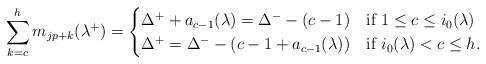
LaTeX: \begin{align*}\sum_{k=c}^{h}m_{jp+k}(\lambda^+)=\begin{cases}\Delta^{+}+a_{c-1}(\lambda)=\Delta^{-}-(c-1) & \textrm{if $1\leq c\leq i_0(\lambda)$} \\\Delta^{+}=\Delta^{-}-(c-1+a_{c-1}(\lambda)) & \textrm{if $i_0(\lambda)<c\leq h$}.\end{cases}\end{align*}